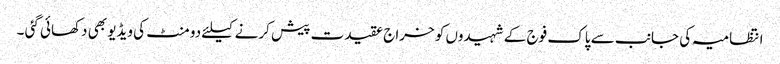
انتظامیہ کی جانب سے پاک فوج کے شہیدوں کو خراج عقیدت پیش کرنے کیلئے دو منٹ کی ویڈیو بھی دکھائی گئی ۔